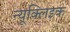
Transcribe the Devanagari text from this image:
न्यूक्लिइक